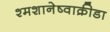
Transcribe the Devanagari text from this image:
श्मशानेष्वाक्रीडा